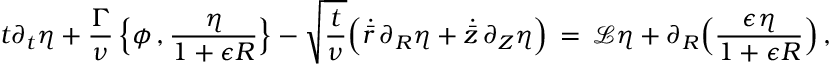
t \partial _ { t } \eta + \frac { \Gamma } { \nu } \, \Bigl \{ \phi \, , \frac { \eta } { 1 + \epsilon R } \Bigr \} - \sqrt { \frac { t } { \nu } } \Bigl ( \dot { \bar { r } } \, \partial _ { R } \eta + \dot { \bar { z } } \, \partial _ { Z } \eta \Bigr ) \, = \, \mathcal { L } \eta + \partial _ { R } \Bigl ( \frac { \epsilon \eta } { 1 + \epsilon R } \Bigr ) \, ,